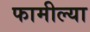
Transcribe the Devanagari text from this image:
फामील्या